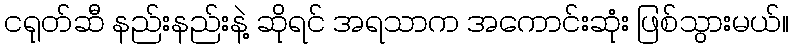
ငရုတ်ဆီ နည်းနည်းနဲ့ ဆိုရင် အရသာက အကောင်းဆုံး ဖြစ်သွားမယ်။